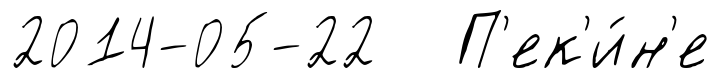
2014-05-22 П'ек'и́н'е